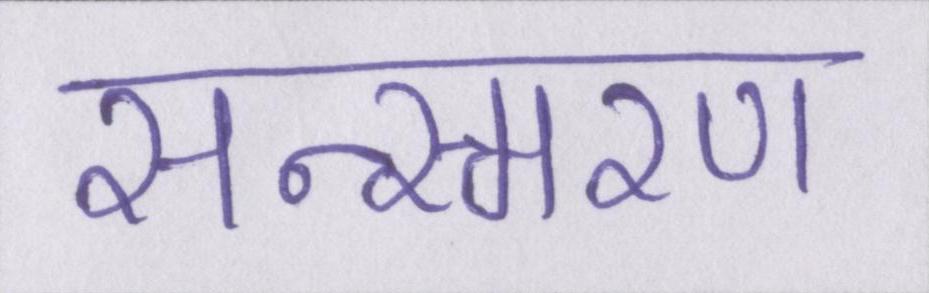
सन्स्मरण